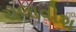
ચલાવીશ